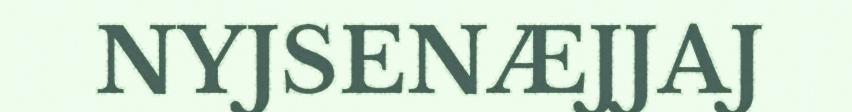
NYJSENÆJJAJ